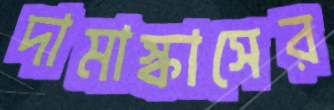
দামাস্কাসের